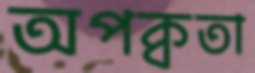
অপক্বতা